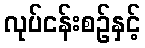
လုပ်ငန်းစဉ်နှင့်